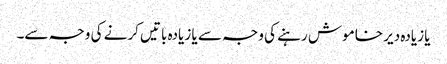
یا زیادہ دیر خاموش رہنے کی وجہ سے یا زیادہ باتیں کرنے کی وجہ سے۔